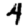
Digit: 4